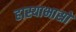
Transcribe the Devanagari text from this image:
हास्याभासो